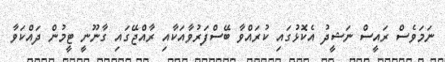
ނަމަވެސް ރައީސް ނަޝީދު އެކޮޅުގައި ކުރައްވާ ބޭސްފަރުވާއަކާއި ރާއްޖޭގައި ގާނޫނީ ޓީމުން ދައްކަވާ